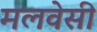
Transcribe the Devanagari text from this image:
मलवेसी